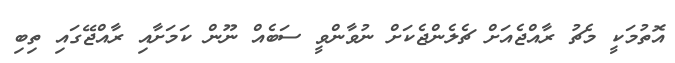
އޮތުމަކީ މެޗު ރާއްޖެއަށް ޗެލެންޖެކަށް ނުވާންވީ ސަބެއް ނޫން ކަމަށާއި ރާއްޖޭގައި ތިބި